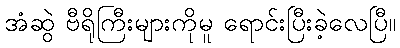
အံဆွဲ ဗီရိုကြီးများကိုမူ ရောင်းပြီးခဲ့လေပြီ။